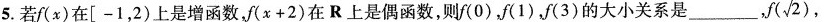
5.若f(x)在[-1，2)上是增函数，f(x+2)在R上是偶函数，则f(0)，f(1)，f(3)的大小关系是___，f(\sqrt{2}),